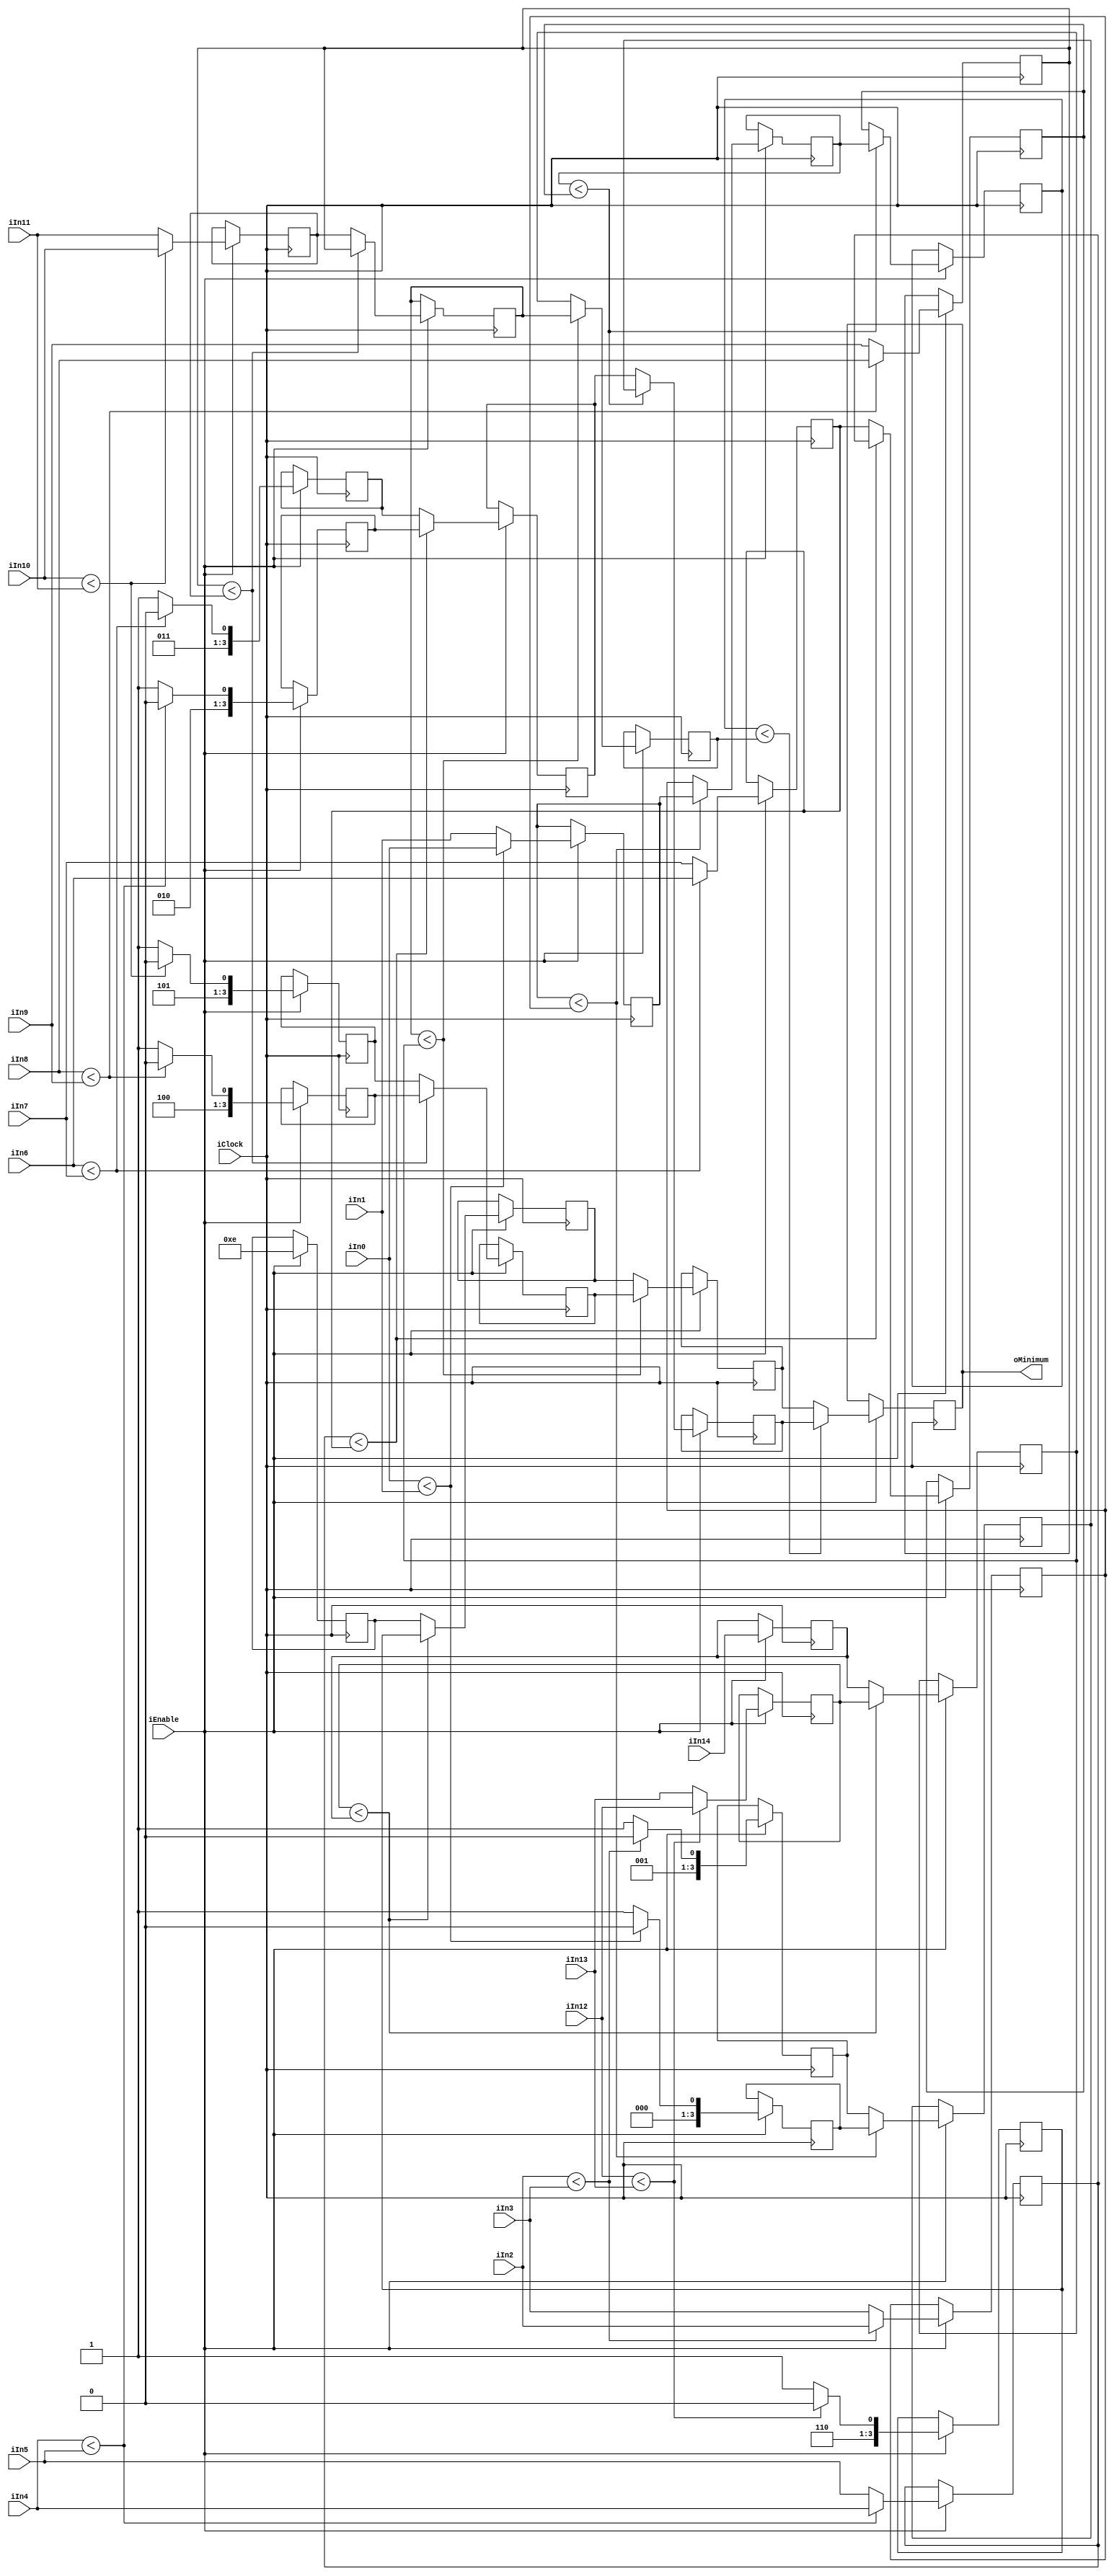
module Compare15(
    input wire iClock,
    input wire iEnable,
    
    input wire [30:0]  iIn0,
    input wire [30:0]  iIn1,
    input wire [30:0]  iIn2,
    input wire [30:0]  iIn3,
    input wire [30:0]  iIn4,
    input wire [30:0]  iIn5,
    input wire [30:0]  iIn6,
    input wire [30:0]  iIn7,
    input wire [30:0]  iIn8,
    input wire [30:0]  iIn9,
    input wire [30:0]  iIn10,
    input wire [30:0]  iIn11,
    input wire [30:0]  iIn12,
    input wire [30:0]  iIn13,
    input wire [30:0]  iIn14,
    output wire [3:0] oMinimum);

reg [3:0] index0_0;
reg [3:0] index0_1;
reg [3:0] index0_2;
reg [3:0] index0_3;
reg [3:0] index0_4;
reg [3:0] index0_5;
reg [3:0] index0_6;
reg [3:0] rindex0_7;
reg [3:0] index1_0;
reg [3:0] index1_1;
reg [3:0] index1_2;
reg [3:0] index1_3;
reg [3:0] index2_0;
reg [3:0] index2_1;
reg [3:0] index3_0;
reg [30:0] value0_0;
reg [30:0] value0_1;
reg [30:0] value0_2;
reg [30:0] value0_3;
reg [30:0] value0_4;
reg [30:0] value0_5;
reg [30:0] value0_6;
reg [30:0] rvalue0_7;
reg [30:0] value1_0;
reg [30:0] value1_1;
reg [30:0] value1_2;
reg [30:0] value1_3;
reg [30:0] value2_0;
reg [30:0] value2_1;
reg [30:0] value3_0;

assign oMinimum =  index3_0 ;

always @(posedge iClock) begin
    if (iEnable) begin
    value0_0 <= (iIn0 < iIn1) ? iIn0 : iIn1;
    index0_0 <= (iIn0 < iIn1) ? 0 : 1;
    value0_1 <= (iIn2 < iIn3) ? iIn2 : iIn3;
    index0_1 <= (iIn2 < iIn3) ? 2 : 3;
    value0_2 <= (iIn4 < iIn5) ? iIn4 : iIn5;
    index0_2 <= (iIn4 < iIn5) ? 4 : 5;
    value0_3 <= (iIn6 < iIn7) ? iIn6 : iIn7;
    index0_3 <= (iIn6 < iIn7) ? 6 : 7;
    value0_4 <= (iIn8 < iIn9) ? iIn8 : iIn9;
    index0_4 <= (iIn8 < iIn9) ? 8 : 9;
    value0_5 <= (iIn10 < iIn11) ? iIn10 : iIn11;
    index0_5 <= (iIn10 < iIn11) ? 10 : 11;
    value0_6 <= (iIn12 < iIn13) ? iIn12 : iIn13;
    index0_6 <= (iIn12 < iIn13) ? 12 : 13;
    rvalue0_7 <= iIn14 ;
    rindex0_7 <= 14 ;
    value1_0 <= (value0_0 < value0_1) ? value0_0 : value0_1;
    index1_0 <= (value0_0 < value0_1) ? index0_0 : index0_1;
    value1_1 <= (value0_2 < value0_3) ? value0_2 : value0_3;
    index1_1 <= (value0_2 < value0_3) ? index0_2 : index0_3;
    value1_2 <= (value0_4 < value0_5) ? value0_4 : value0_5;
    index1_2 <= (value0_4 < value0_5) ? index0_4 : index0_5;
    value1_3 <= (value0_6 < rvalue0_7) ? value0_6 : rvalue0_7;
    index1_3 <= (value0_6 < rvalue0_7) ? index0_6 : rindex0_7;
    value2_0 <= (value1_0 < value1_1) ? value1_0 : value1_1;
    index2_0 <= (value1_0 < value1_1) ? index1_0 : index1_1;
    value2_1 <= (value1_2 < value1_3) ? value1_2 : value1_3;
    index2_1 <= (value1_2 < value1_3) ? index1_2 : index1_3;
    value3_0 <= (value2_0 < value2_1) ? value2_0 : value2_1;
    index3_0 <= (value2_0 < value2_1) ? index2_0 : index2_1;

    end
end

endmodule